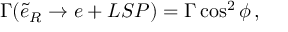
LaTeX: \Gamma ( \tilde { e } _ { R } \rightarrow e + L S P ) = \Gamma \cos ^ { 2 } { \phi } \, ,